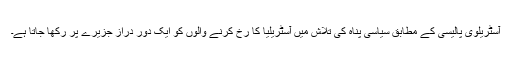
آسٹریلوی پالیسی کے مطابق سیاسی پناہ کی تلاش میں آسٹریلیا کا رْخ کرنے والوں کو ایک دور دراز جزیرے پر رکھا جاتا ہے۔